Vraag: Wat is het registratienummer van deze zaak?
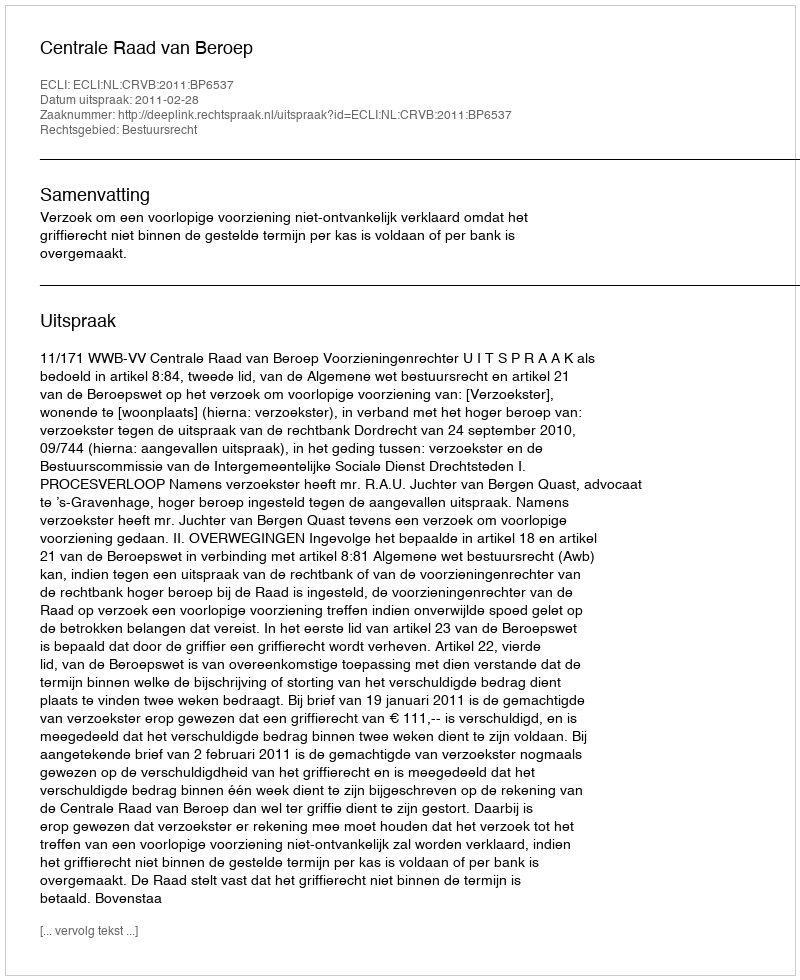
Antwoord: http://deeplink.rechtspraak.nl/uitspraak?id=ECLI:NL:CRVB:2011:BP6537